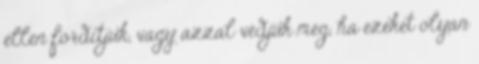
ellen fordítjuk, vagy azzal védjük meg, ha ezeket olyan